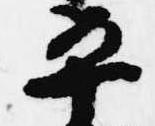
平